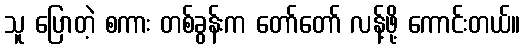
သူ ပြောတဲ့ စကား တစ်ခွန်းက တော်တော် လန့်ဖို့ ကောင်းတယ်။